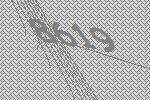
8619